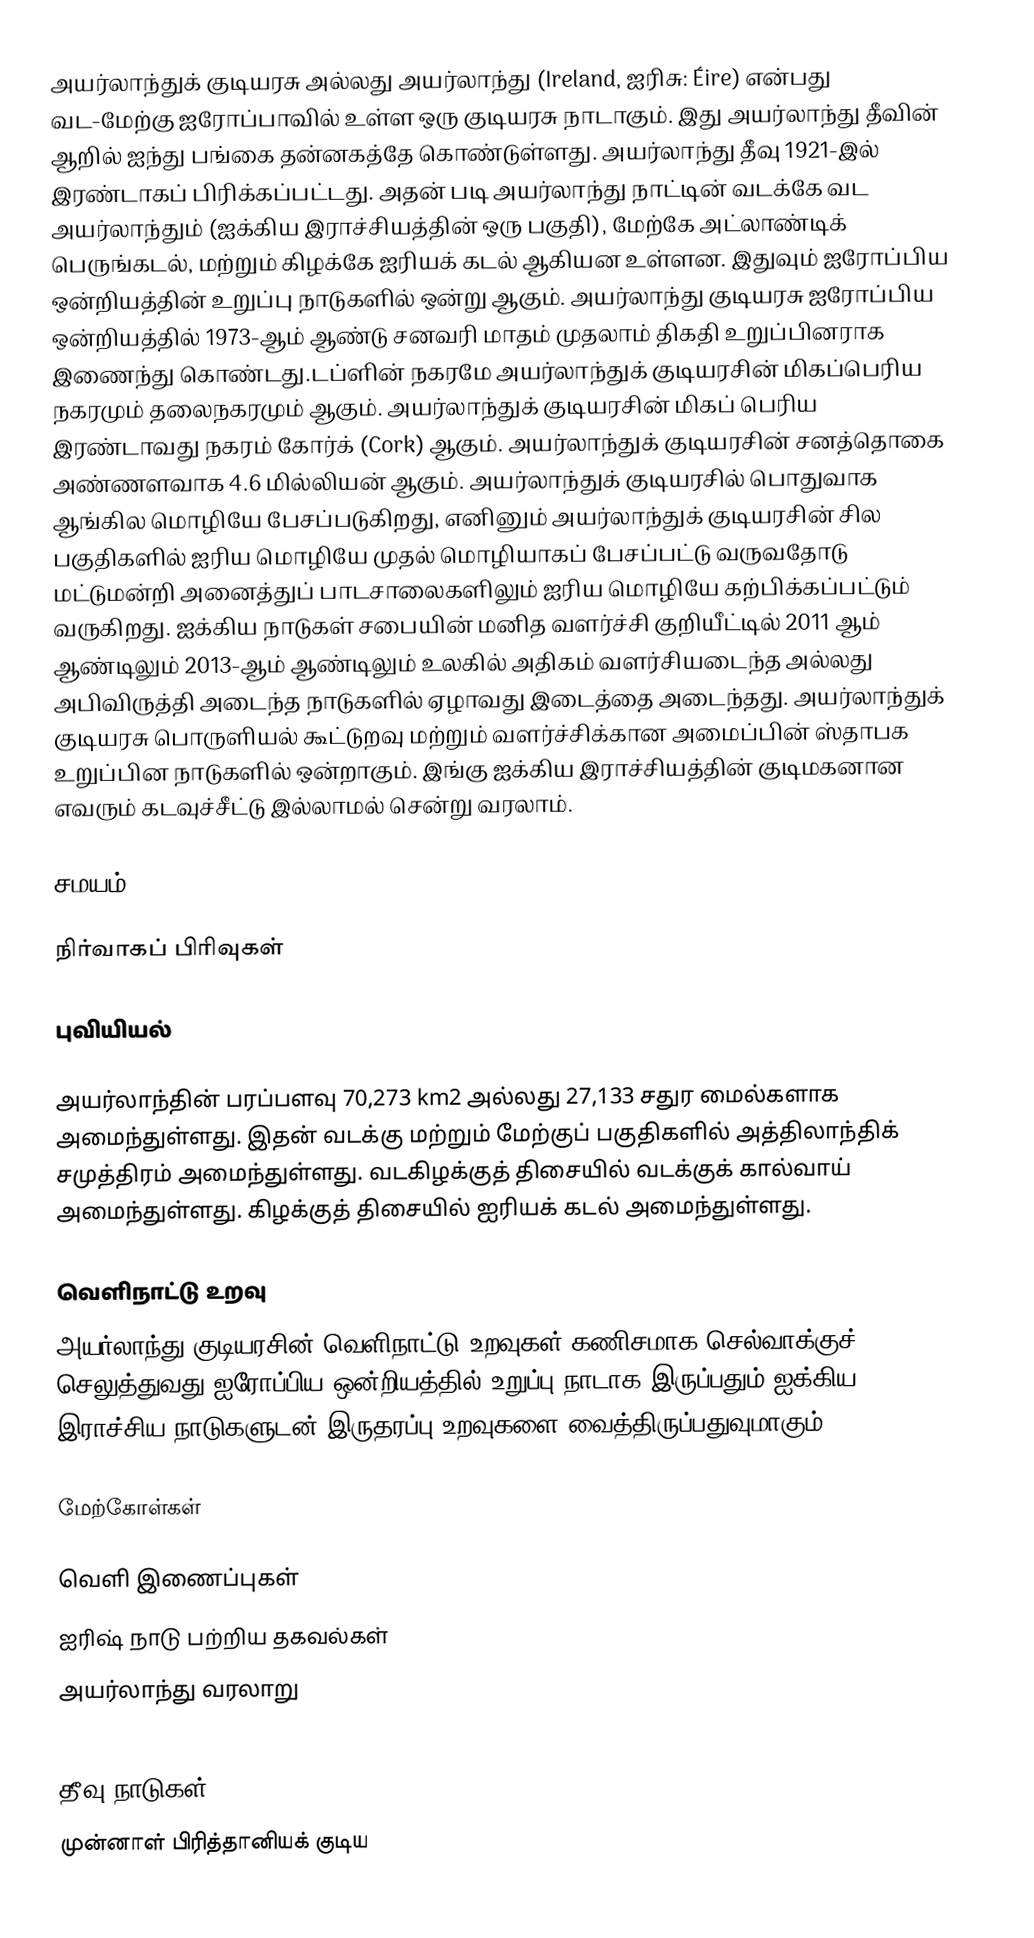
அயர்லாந்துக் குடியரசு அல்லது அயர்லாந்து (Ireland, ஐரிசு: Éire) என்பது வட-மேற்கு ஐரோப்பாவில் உள்ள ஒரு குடியரசு நாடாகும். இது அயர்லாந்து தீவின் ஆறில் ஐந்து பங்கை தன்னகத்தே கொண்டுள்ளது. அயர்லாந்து தீவு 1921-இல் இரண்டாகப் பிரிக்கப்பட்டது. அதன் படி அயர்லாந்து நாட்டின் வடக்கே வட அயர்லாந்தும் (ஐக்கிய இராச்சியத்தின் ஒரு பகுதி), மேற்கே அட்லாண்டிக் பெருங்கடல், மற்றும் கிழக்கே ஐரியக் கடல் ஆகியன உள்ளன. இதுவும் ஐரோப்பிய ஒன்றியத்தின் உறுப்பு நாடுகளில் ஒன்று ஆகும். அயர்லாந்து குடியரசு ஐரோப்பிய ஒன்றியத்தில் 1973-ஆம் ஆண்டு சனவரி மாதம் முதலாம் திகதி உறுப்பினராக இணைந்து கொண்டது.டப்ளின் நகரமே அயர்லாந்துக் குடியரசின் மிகப்பெரிய நகரமும் தலைநகரமும் ஆகும். அயர்லாந்துக் குடியரசின் மிகப் பெரிய இரண்டாவது நகரம் கோர்க் (Cork) ஆகும். அயர்லாந்துக் குடியரசின் சனத்தொகை அண்ணளவாக 4.6 மில்லியன் ஆகும். அயர்லாந்துக் குடியரசில் பொதுவாக ஆங்கில மொழியே பேசப்படுகிறது, எனினும் அயர்லாந்துக் குடியரசின் சில பகுதிகளில் ஐரிய மொழியே முதல் மொழியாகப் பேசப்பட்டு வருவதோடு மட்டுமன்றி அனைத்துப் பாடசாலைகளிலும் ஐரிய மொழியே கற்பிக்கப்பட்டும் வருகிறது. ஐக்கிய நாடுகள் சபையின் மனித வளர்ச்சி குறியீட்டில் 2011 ஆம் ஆண்டிலும் 2013-ஆம் ஆண்டிலும் உலகில் அதிகம் வளர்சியடைந்த அல்லது அபிவிருத்தி அடைந்த நாடுகளில் ஏழாவது இடைத்தை அடைந்தது. அயர்லாந்துக் குடியரசு பொருளியல் கூட்டுறவு மற்றும் வளர்ச்சிக்கான அமைப்பின் ஸ்தாபக உறுப்பின நாடுகளில் ஒன்றாகும். இங்கு ஐக்கிய இராச்சியத்தின் குடிமகனான எவரும் கடவுச்சீட்டு இல்லாமல் சென்று வரலாம்.

சமயம்

நிர்வாகப் பிரிவுகள்

புவியியல்

அயர்லாந்தின் பரப்பளவு 70,273 km2 அல்லது 27,133 சதுர மைல்களாக அமைந்துள்ளது. இதன் வடக்கு மற்றும் மேற்குப் பகுதிகளில் அத்திலாந்திக் சமுத்திரம் அமைந்துள்ளது. வடகிழக்குத் திசையில் வடக்குக் கால்வாய் அமைந்துள்ளது. கிழக்குத் திசையில் ஐரியக் கடல் அமைந்துள்ளது.

வெளிநாட்டு உறவு
அயர்லாந்து குடியரசின் வெளிநாட்டு உறவுகள் கணிசமாக செல்வாக்குச் செலுத்துவது ஐரோப்பிய ஒன்றியத்தில் உறுப்பு நாடாக இருப்பதும் ஐக்கிய இராச்சிய நாடுகளுடன் இருதரப்பு உறவுகளை வைத்திருப்பதுவுமாகும்.

மேற்கோள்கள்

வெளி இணைப்புகள்
 ஐரிஷ் நாடு பற்றிய தகவல்கள்
 அயர்லாந்து வரலாறு

தீவு நாடுகள்
முன்னாள் பிரித்தானியக் குடிய